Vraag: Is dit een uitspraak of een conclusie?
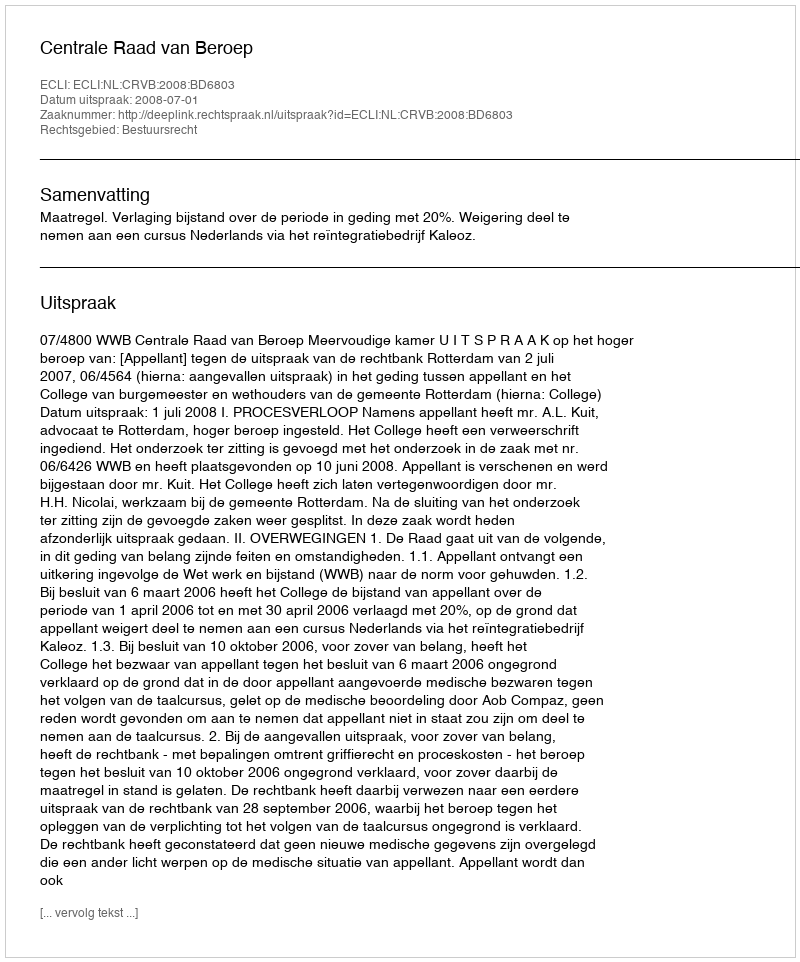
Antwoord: Uitspraak